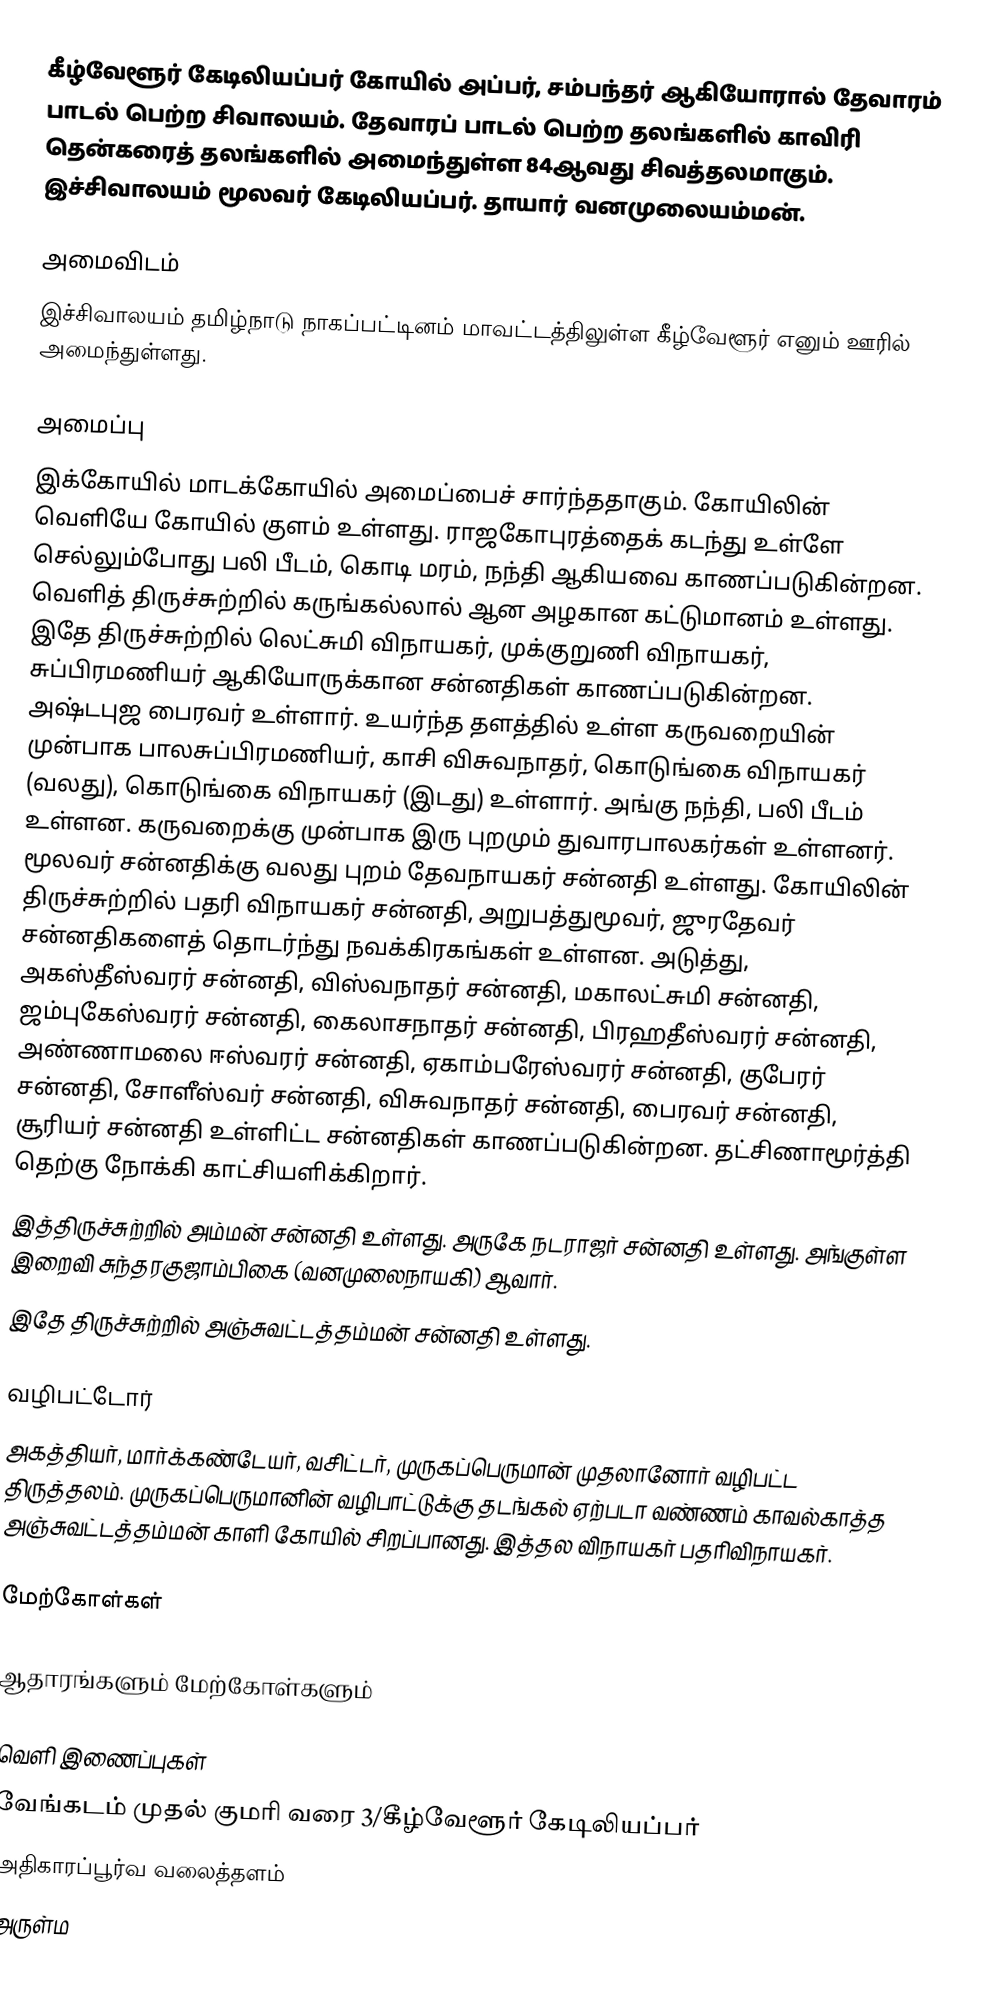
கீழ்வேளூர் கேடிலியப்பர் கோயில் அப்பர், சம்பந்தர் ஆகியோரால் தேவாரம் பாடல் பெற்ற சிவாலயம். தேவாரப் பாடல் பெற்ற தலங்களில் காவிரி தென்கரைத் தலங்களில் அமைந்துள்ள 84ஆவது சிவத்தலமாகும். இச்சிவாலயம் மூலவர் கேடிலியப்பர். தாயார் வனமுலையம்மன்.

அமைவிடம்
இச்சிவாலயம் தமிழ்நாடு நாகப்பட்டினம்  மாவட்டத்திலுள்ள கீழ்வேளூர் எனும் ஊரில் அமைந்துள்ளது.

அமைப்பு
இக்கோயில் மாடக்கோயில் அமைப்பைச் சார்ந்ததாகும். கோயிலின் வெளியே கோயில் குளம் உள்ளது. ராஜகோபுரத்தைக் கடந்து உள்ளே செல்லும்போது பலி பீடம், கொடி மரம், நந்தி ஆகியவை காணப்படுகின்றன. வெளித் திருச்சுற்றில் கருங்கல்லால் ஆன அழகான கட்டுமானம் உள்ளது. இதே திருச்சுற்றில் லெட்சுமி விநாயகர், முக்குறுணி விநாயகர், சுப்பிரமணியர் ஆகியோருக்கான சன்னதிகள் காணப்படுகின்றன. அஷ்டபுஜ பைரவர் உள்ளார். உயர்ந்த தளத்தில் உள்ள கருவறையின் முன்பாக பாலசுப்பிரமணியர், காசி விசுவநாதர், கொடுங்கை விநாயகர் (வலது), கொடுங்கை விநாயகர் (இடது) உள்ளார். அங்கு  நந்தி, பலி பீடம் உள்ளன. கருவறைக்கு முன்பாக இரு புறமும் துவாரபாலகர்கள் உள்ளனர். மூலவர் சன்னதிக்கு வலது புறம் தேவநாயகர் சன்னதி உள்ளது. கோயிலின் திருச்சுற்றில் பதரி விநாயகர் சன்னதி, அறுபத்துமூவர், ஜுரதேவர் சன்னதிகளைத் தொடர்ந்து நவக்கிரகங்கள் உள்ளன. அடுத்து, அகஸ்தீஸ்வரர் சன்னதி, விஸ்வநாதர் சன்னதி, மகாலட்சுமி சன்னதி, ஜம்புகேஸ்வரர் சன்னதி, கைலாசநாதர் சன்னதி, பிரஹதீஸ்வரர் சன்னதி, அண்ணாமலை ஈஸ்வரர் சன்னதி, ஏகாம்பரேஸ்வரர் சன்னதி, குபேரர் சன்னதி, சோளீஸ்வர் சன்னதி, விசுவநாதர் சன்னதி, பைரவர் சன்னதி, சூரியர் சன்னதி உள்ளிட்ட சன்னதிகள் காணப்படுகின்றன.   தட்சிணாமூர்த்தி தெற்கு நோக்கி காட்சியளிக்கிறார்.
இத்திருச்சுற்றில் அம்மன் சன்னதி உள்ளது. அருகே நடராஜர் சன்னதி உள்ளது. அங்குள்ள இறைவி சுந்தரகுஜாம்பிகை (வனமுலைநாயகி) ஆவார்.
இதே திருச்சுற்றில் அஞ்சுவட்டத்தம்மன் சன்னதி உள்ளது.

வழிபட்டோர்
அகத்தியர், மார்க்கண்டேயர், வசிட்டர், முருகப்பெருமான் முதலானோர் வழிபட்ட திருத்தலம். முருகப்பெருமானின் வழிபாட்டுக்கு தடங்கல் ஏற்படா வண்ணம் காவல்காத்த அஞ்சுவட்டத்தம்மன் காளி கோயில் சிறப்பானது. இத்தல விநாயகர் பதரிவிநாயகர்.

மேற்கோள்கள்

ஆதாரங்களும் மேற்கோள்களும்

வெளி இணைப்புகள்
 வேங்கடம் முதல் குமரி வரை 3/கீழ்வேளூர் கேடிலியப்பர்
 அதிகாரப்பூர்வ வலைத்தளம்
 அருள்ம